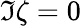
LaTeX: \Im\zeta=0